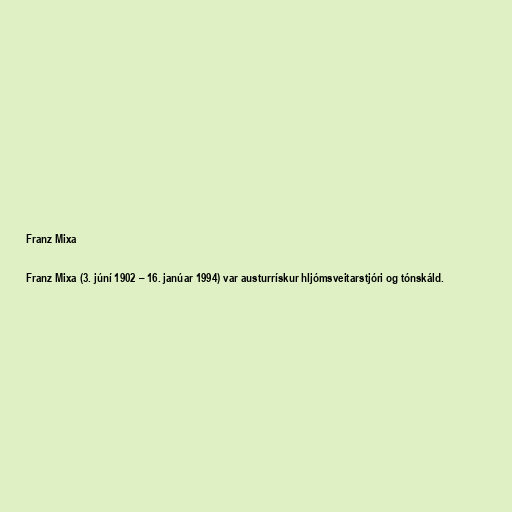
Franz Mixa

Franz Mixa (3. júní 1902 – 16. janúar 1994) var austurrískur hljómsveitarstjóri og tónskáld.